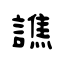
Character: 譙